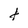
Character: t